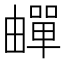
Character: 𬏕